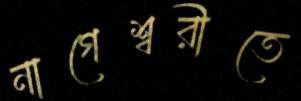
নাগেশ্বরীতে